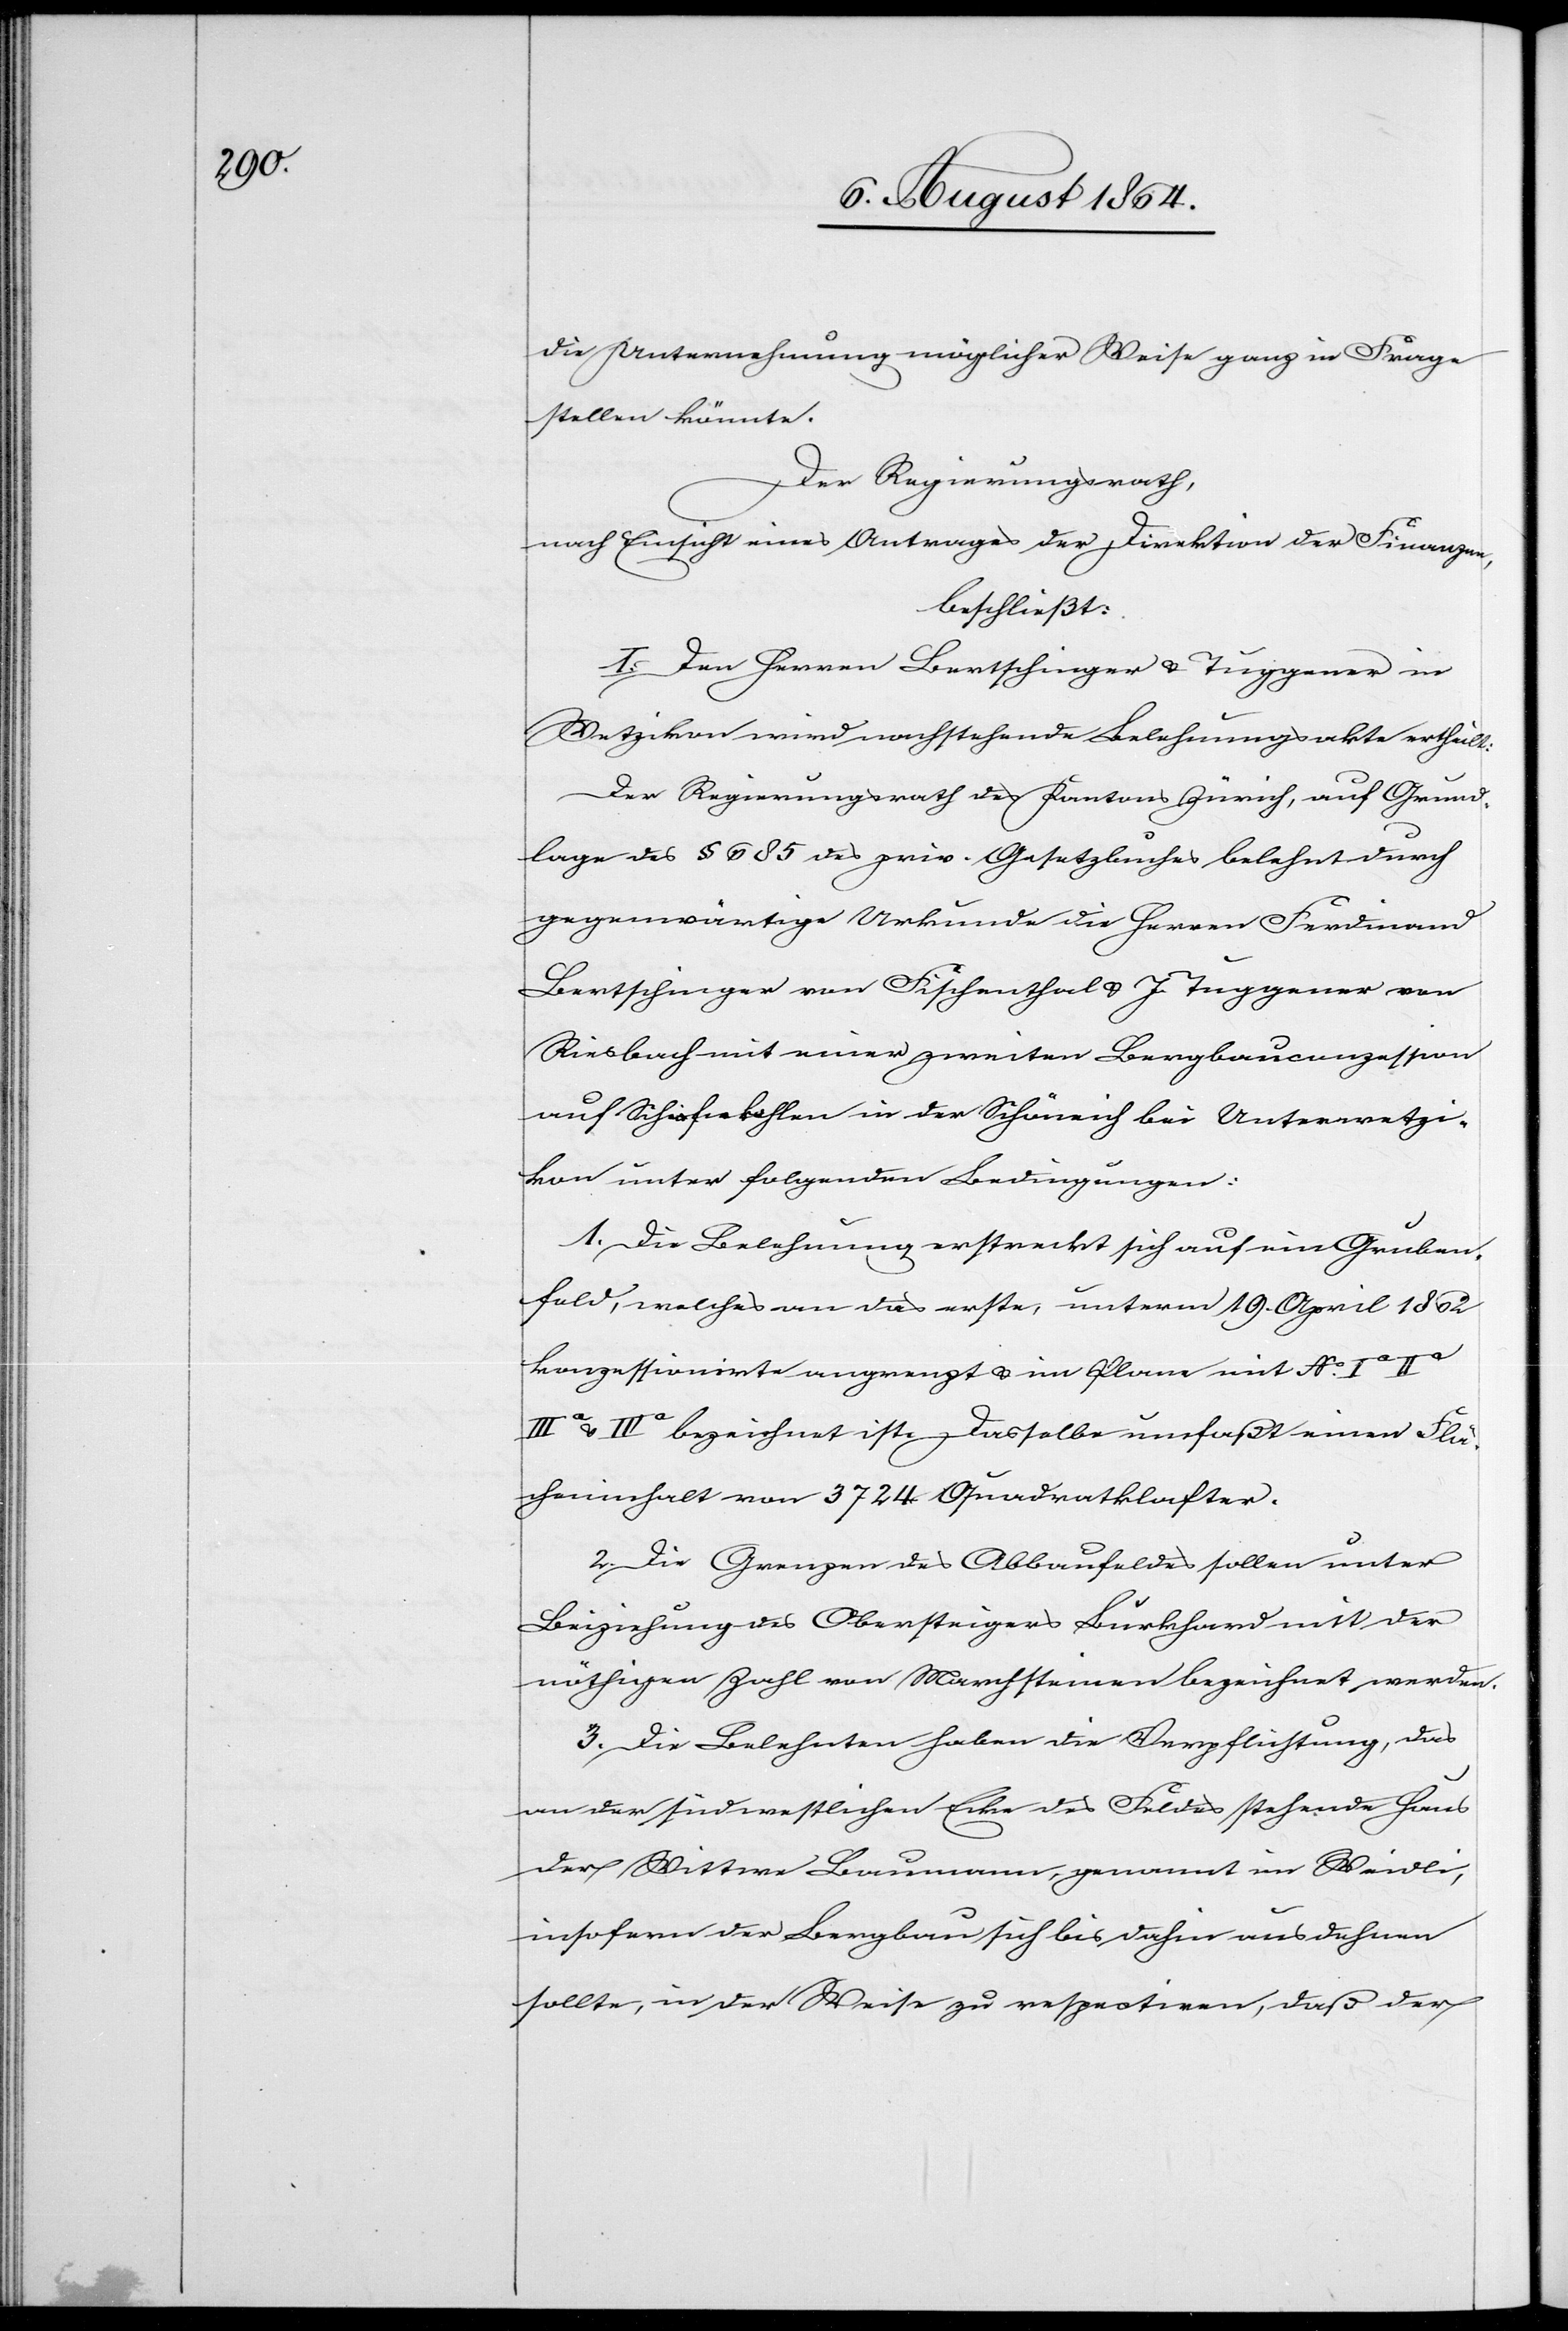
die Unternehmung möglicher Weise ganz in Frage
stellen könnte.
Der Regierungsrath,
nach Einsicht eines Antrages der Direktion der Finanzen
beschließt:
I. Den Herren Bertschinger & Tuggener in
Wetzikon wird nachstehende Belehnungsakte ertheilt:
von
Der Regierungsrath des Kantons Zürich, auf Grund¬
lage des § 656 des priv. Gesetzbuches belehnt durch
gegenwärtige Urkunde die Herren Ferdinand
Riesbach mit einer zweiten Bergbauconzession
auf Schieferkohlen in der Schöneich bei Unterwetzi¬
kon unter folgenden Bedingungen:
1. Die Belehnung erstreckt sich auf ein Gruben¬
feld, welches an das erste, unterm 19. April 1862
konzessionirte angrenzt & im Plane mit No Ia
IIIa & IVa bezeichnet ist. Dasselbe umfaßt einen Flä¬
cheninhalt von 3724 Quadratklafter.
2. Die Grenzen des Abbaufeldes sollen unter
Beiziehung des Obersteigers Burkhard mit der
nöthigen Zahl von Marchsteinen bezeichnet werden.
3. Die Belehnten haben die Verpflichtung, das
an der südwestlichen Ecke des Feldes stehende haus
der Wittwe Baumann, genannt im Weidli,
insofern der Bergbau sich bis dahier ausdehnen
sollte, in der Weise zu respectiren, daß der